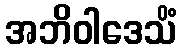
အဘိဝါဒေသိံ